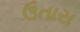
ઉતારા